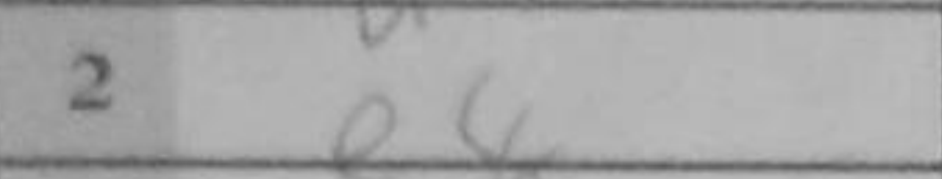
Transcription: e4